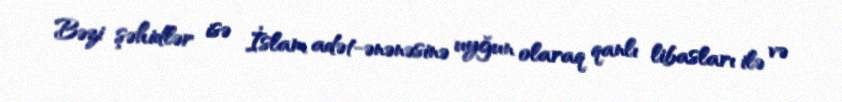
Bəzi şəhidlər isə İslam adət-ənənəsinə uyğun olaraq qanlı libasları ilə və